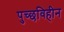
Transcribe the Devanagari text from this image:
पुच्छविहीन